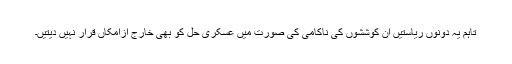
تاہم یہ دونوں ریاستیں ان کوششوں کی ناکامی کی صورت میں عسکری حل کو بھی خارج ازامکاں قرار نہیں دیتیں۔